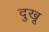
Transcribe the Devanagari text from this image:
दुखू